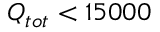
Q _ { t o t } < 1 5 0 0 0